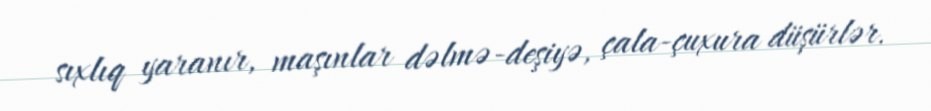
sıxlıq yaranır, maşınlar dəlmə-deşiyə, çala-çuxura düşürlər.